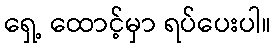
ရှေ့ ထောင့်မှာ ရပ်ပေးပါ။